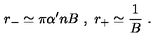
r _ { - } \simeq \pi \alpha ^ { \prime } n B \ , \ r _ { + } \simeq \frac { 1 } { B } \ .